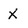
Character: X